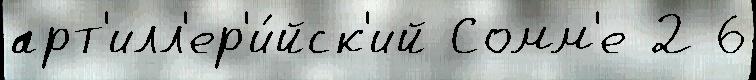
арт'илл'ер'и́йск'ий Сомм'е 2 6